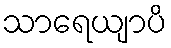
သာရေယျာပိ